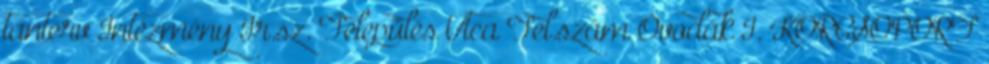
tanterv Intézmény Ir.sz. Település Utca Tel.szám Óvodák I. KORCSOPORT